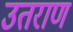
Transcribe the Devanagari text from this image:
उतराण